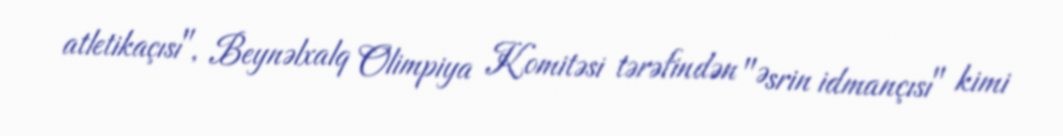
atletikaçısı", Beynəlxalq Olimpiya Komitəsi tərəfindən "Əsrin idmançısı" kimi